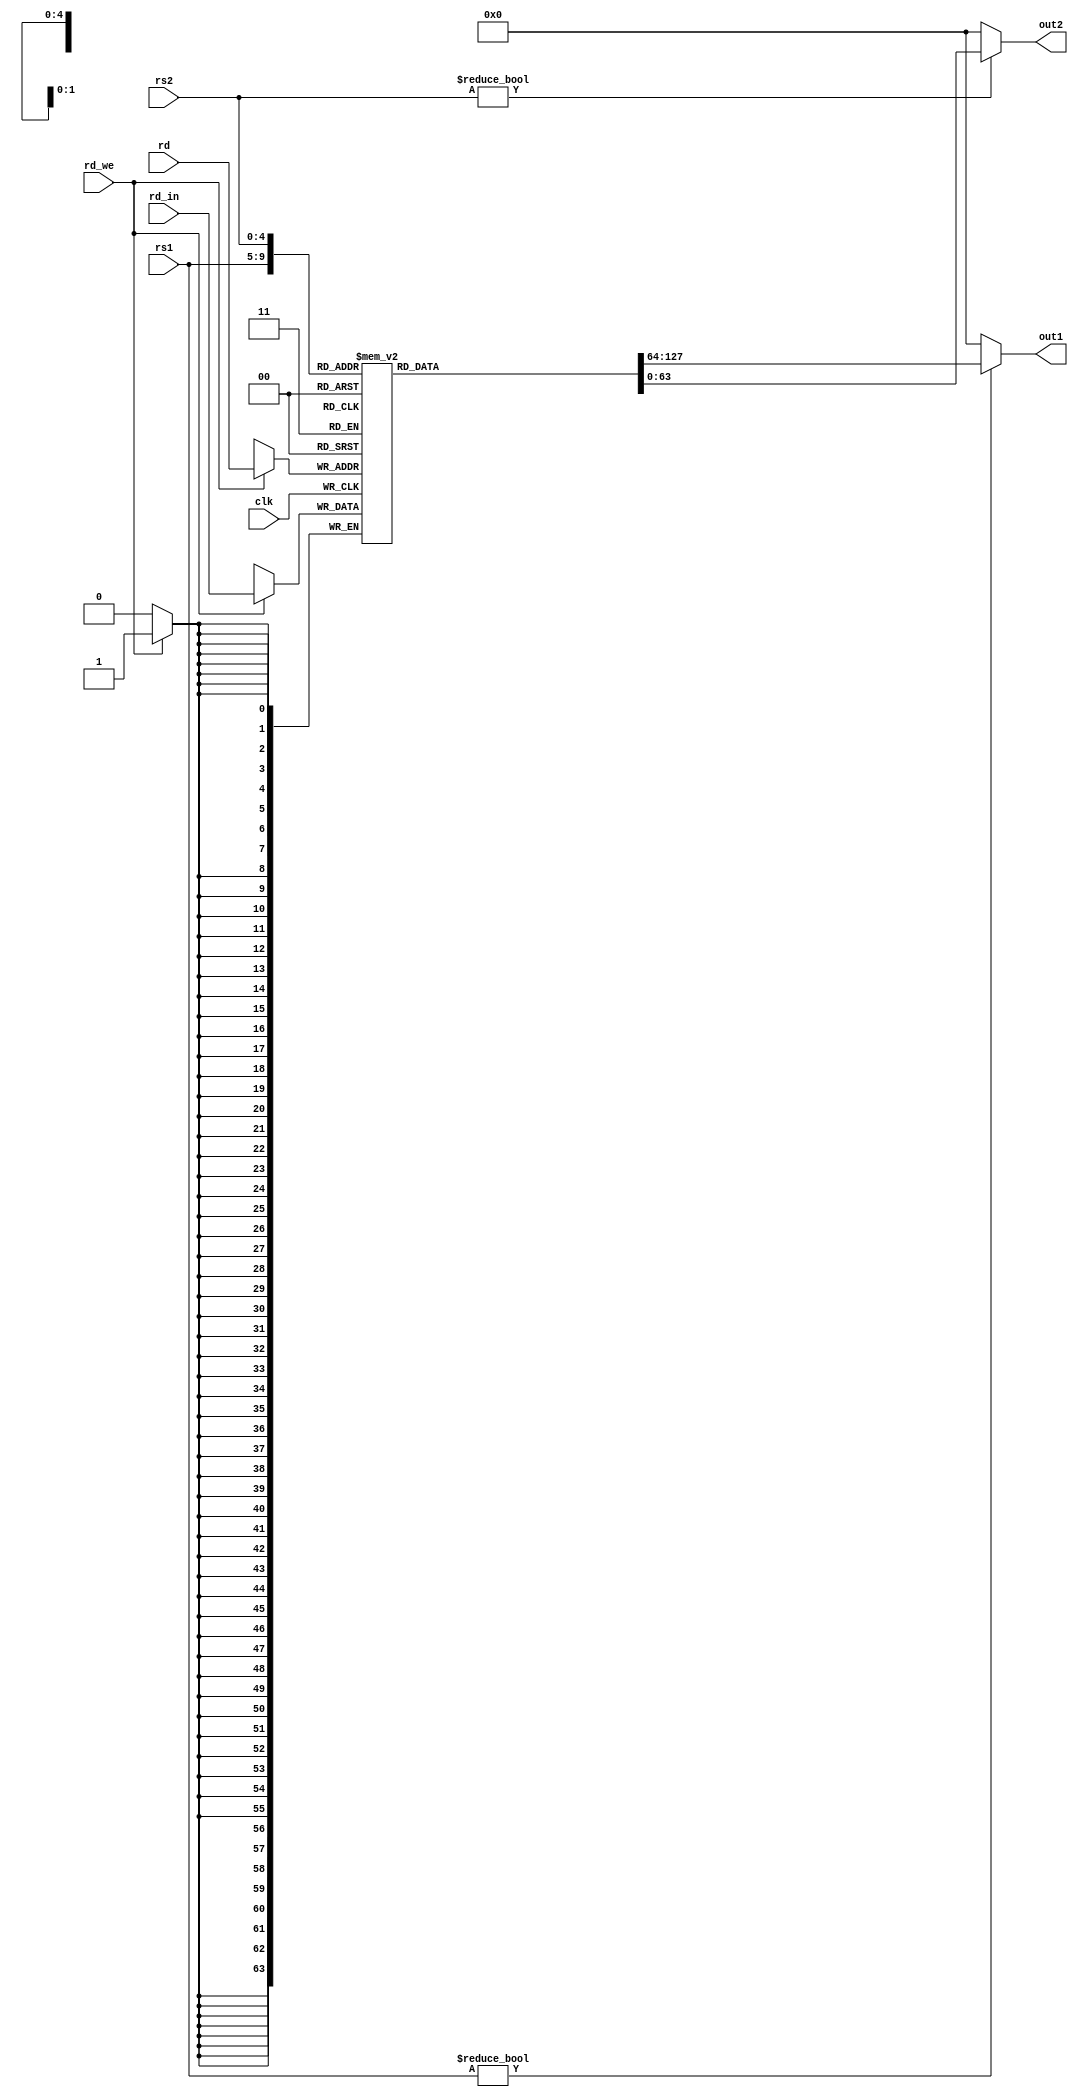
module register
#(
	parameter XLEN=64
)
(
	input  wire[4:0] rd,
	input  wire[4:0] rs1,
	input  wire[4:0] rs2,
	output wire[XLEN-1:0]  out1,
	output wire[XLEN-1:0]  out2,
	input  wire[XLEN-1:0] rd_in,
	input  wire rd_we,
	input  wire clk
);

reg[XLEN-1:0] reg_file[31:0];

assign out1 = rs1?reg_file[rs1]:0;
assign out2 = rs2?reg_file[rs2]:0;

always @ (posedge clk)
begin 
	if(rd_we)
		reg_file[rd]<=rd_in;
	else 
		;
end

endmodule